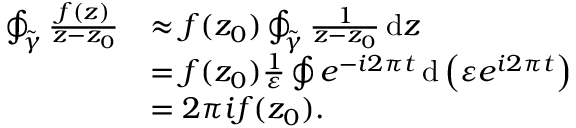
\begin{array} { r l } { \oint _ { \tilde { \gamma } } \frac { f ( z ) } { z - z _ { 0 } } } & { \approx f ( z _ { 0 } ) \oint _ { \tilde { \gamma } } \frac { 1 } { z - z _ { 0 } } \, \mathrm { d } z } \\ & { = f ( z _ { 0 } ) \frac { 1 } { \varepsilon } \oint e ^ { - i 2 \pi t } \, \mathrm { d } \left( \varepsilon e ^ { i 2 \pi t } \right) } \\ & { = 2 \pi i f ( z _ { 0 } ) . } \end{array}